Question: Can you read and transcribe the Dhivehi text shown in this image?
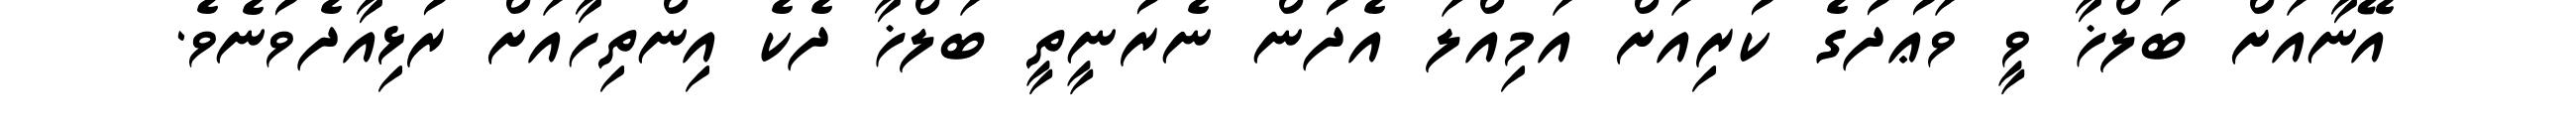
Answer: އޭނާއަށް ބަލްޚާ ވީ ވަޢުދުގެ ކުރިއަށް އަމިއްލަ އެދުން ނެރުނީތީ ބަލްޚާ ދެކެ އިންތިހާއަށް ރުޅިއާދެވުނެވެ.